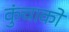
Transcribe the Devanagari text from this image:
कुंचाको